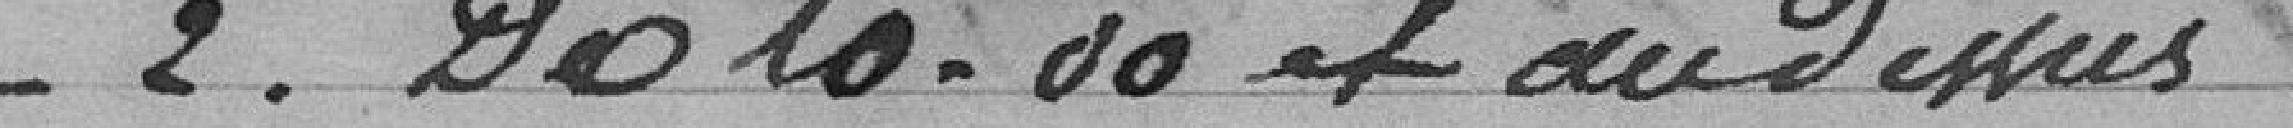
N° 2 de 10.00 mètres et au dessus